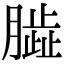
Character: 𦠊